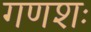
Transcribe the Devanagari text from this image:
गणशः